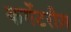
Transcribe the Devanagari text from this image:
कमेंटरीज़